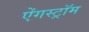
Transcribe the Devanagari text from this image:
ऐंगस्ट्रॉम